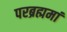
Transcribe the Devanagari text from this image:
परब्रह्ममां